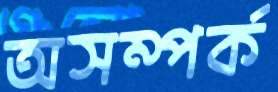
অসম্পর্ক